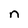
Character: n